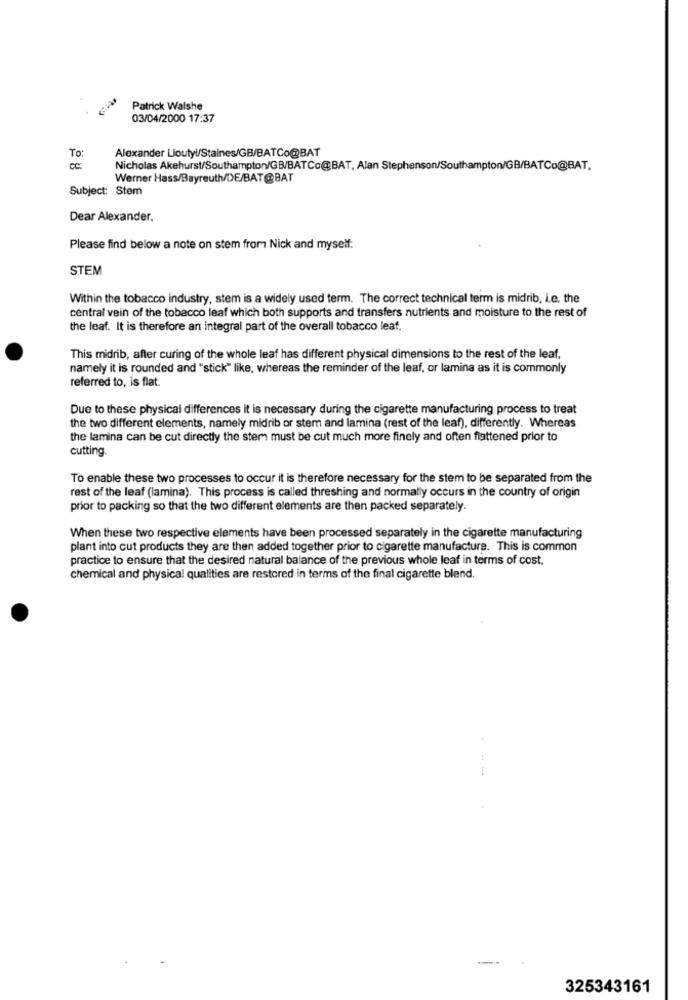
Patrick Walshe
03/04/2000 17:37
To:
Alexander Lioutyl/Staines/GB/BATCo@BAT
CC :
Nicholas Akehurst/Southampton/GB/BATCo@BAT, Alan Stephenson/Southampton/GB/BATCo@BAT.
Werner Hass/Bayreuth/DE/BAT@BAT
Subject: Stem
Dear Alexander.
Please find below a note on stem from Nick and myself:
STEM
Within the tobacco industry, stem is a widely used term. The correct technical term is midrib, i.e. the
central vein of the tobacco leaf which both supports and transfers nutrients and moisture to the rest of
the leaf. It is therefore an integral part of the overall tobacco leaf.
This midrib, after curing of the whole leaf has different physical dimensions to the rest of the leaf,
namely it is rounded and "stick" like, whereas the reminder of the leaf, or lamina as it is commonly
referred to, is flat.
Due to these physical differences it is necessary during the cigarette manufacturing process to treat
the two different elements, namely midrib or stem and lamina (rest of the leaf), differently. Whereas
the lamina can be cut directly the stem must be cut much more finely and often flattened prior to
cutting.
To enable these two processes to occur it is therefore necessary for the stem to be separated from the
rest of the leaf (lamina). This process is called threshing and normally occurs in the country of origin
prior to packing so that the two different elements are then packed separately.
When these two respective elements have been processed separately in the cigarette manufacturing
plant into cut products they are then added together prior to cigarette manufacture. This is common
practice to ensure that the desired natural balance of the previous whole leaf in terms of cost,
chemical and physical qualities are restored in terms of the final cigarette blend.
325343161